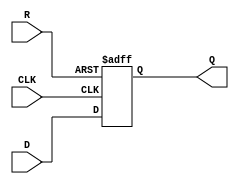
module neg_edge_d_ff (
    input D,
    input CLK,
    input R,
    output reg Q
);

always @(negedge CLK or posedge R)
begin
    if (R)
        Q <= 1'b0; // Reset to predefined state
    else
        Q <= D; // Store value of D on negative edge of clock
end

endmodule